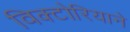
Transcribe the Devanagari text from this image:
विक्टोरियाने